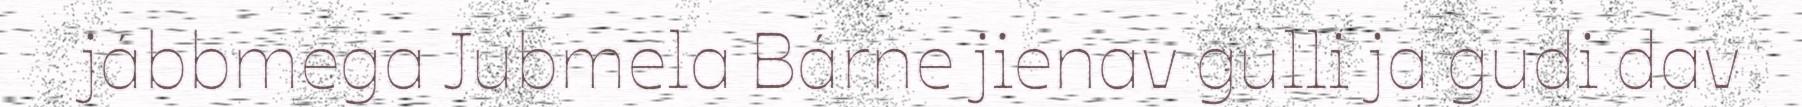
jábbmega Jubmela Bárne jienav gulli ja gudi dav